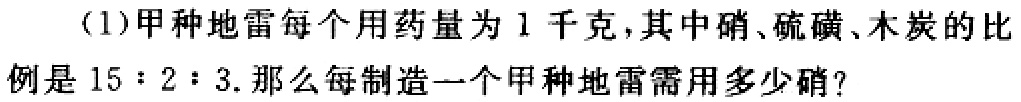
(1)甲种地雷每个用药量为1千克，其中硝、硫磺、木炭的比例是$15:2:3$. 那么每制造一个甲种地雷需用多少硝?